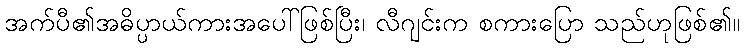
အက်ပီ၏အဓိပ္ပာယ်ကားအပေါ်ဖြစ်ပြီး၊ လီဂျင်းက စကားပြော သည်ဟုဖြစ်၏။